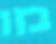
בזו